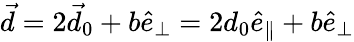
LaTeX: \vec{d}=2\vec{d}_{0}+b\hat{e}_{\perp}=2d_{0}\hat{e}_{\parallel}+b\hat{e}_{\perp}